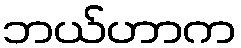
ဘယ်ဟာက